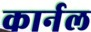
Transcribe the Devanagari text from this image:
कार्नल